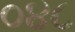
૦૪૮